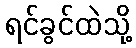
ရင်ခွင်ထဲသို့